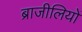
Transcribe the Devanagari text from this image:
ब्राजीलियों